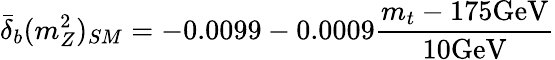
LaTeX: {\bar{\delta}}_{b}(m_{Z}^{2})_{SM}=-0.0099-0.0009{\frac{m_{t}-175\mathrm{GeV}}{10\mathrm{GeV}}}